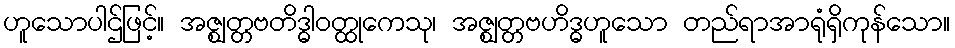
ဟူသောပါဌ်ဖြင့်။ အဇ္ဈတ္တဗတိဒ္ဓါဝတ္ထုကေသု၊ အဇ္ဈတ္တဗဟိဒ္ဓဟူသော တည်ရာအာရုံရှိကုန်သော။